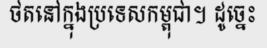
ថតនៅក្នុងប្រទេសកម្ពុជា។ ដូច្នេះ